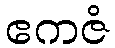
ဧကဇံ